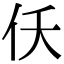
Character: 仸